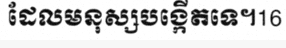
ដែលមនុស្សបង្កើតទេ។16